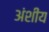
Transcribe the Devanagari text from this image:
अंशीय